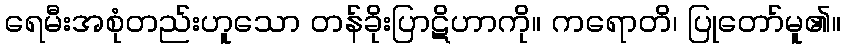
ရေမီးအစုံတည်းဟူသော တန်ခိုးပြာဋိဟာကို။ ကရောတိ၊ ပြုတော်မူ၏။